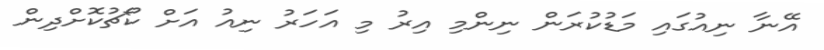
އޭނާ ނިއުގައި މަޑުކުރަން ނިންމި އިރު މި އަހަރު ނިއު އަށް ކޯޗުކޮށްދިން